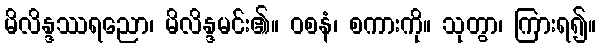
မိလိန္ဒဿရညော၊ မိလိန္ဒမင်း၏။ ဝစနံ၊ စကားကို။ သုတွာ၊ ကြားရ၍။